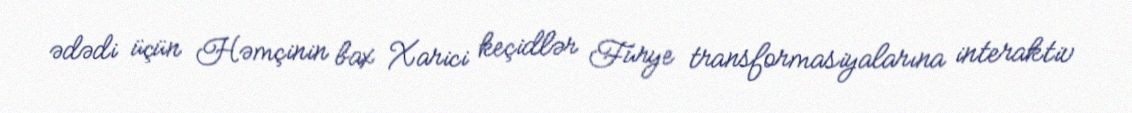
ədədi üçün Həmçinin bax Xarici keçidlər Furye transformasiyalarına interaktiv